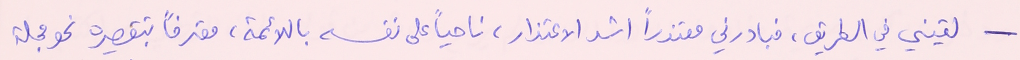
- لقيني في الطريق، فبادرني معتذراً اشد الاعتذار، ناحياً على نفسه باللائمة، معترفاً بتقصيره نحو مجلة